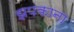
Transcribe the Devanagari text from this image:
झपकाना